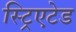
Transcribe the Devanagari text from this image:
स्ट्रिएटेड